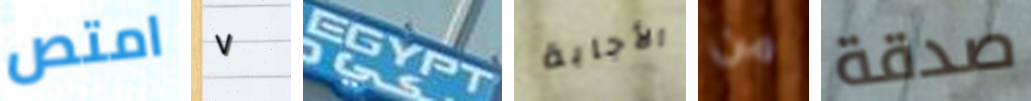
امتص ٧ EGYPT الأجابة من صدقة